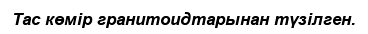
Тас көмір гранитоидтарынан түзілген.